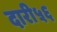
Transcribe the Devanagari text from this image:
दारी५६